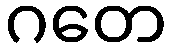
ဂတေ